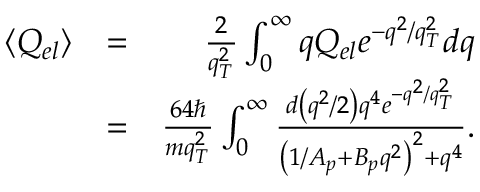
\begin{array} { r l r } { \langle Q _ { e l } \rangle } & { = } & { \frac { 2 } { q _ { T } ^ { 2 } } \int _ { 0 } ^ { \infty } q Q _ { e l } e ^ { - q ^ { 2 } / q _ { T } ^ { 2 } } d q } \\ & { = } & { \frac { 6 4 \hbar } { m q _ { T } ^ { 2 } } \int _ { 0 } ^ { \infty } \frac { { d } \left( q ^ { 2 } / 2 \right) q ^ { 4 } e ^ { - q ^ { 2 } / q _ { T } ^ { 2 } } } { { \left( 1 / A _ { p } + B _ { p } q ^ { 2 } \right) ^ { 2 } } + q ^ { 4 } } . } \end{array}